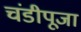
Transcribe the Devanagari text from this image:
चंडीपूजा